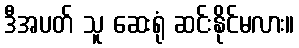
ဒီအပတ် သူ ဆေးရုံ ဆင်းနိုင်မလား။